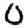
Digit: 0